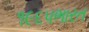
૧૯૬૫ભારત